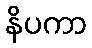
နိပကာ